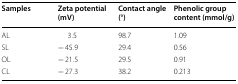
<table><thead><tr><td><b>Samples</b></td><td><b>Zeta potential (mV)</b></td><td><b>Contact angle (°)</b></td><td><b>Phenolic group content (mmol/g)</b></td></tr></thead><tbody><tr><td>AL</td><td>3.5</td><td>98.7</td><td>1.09</td></tr><tr><td>SL</td><td>− 45.9</td><td>29.4</td><td>0.56</td></tr><tr><td>OL</td><td>− 21.5</td><td>29.5</td><td>0.91</td></tr><tr><td>CL</td><td>− 27.3</td><td>38.2</td><td>0.213</td></tr></tbody></table>